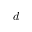
d